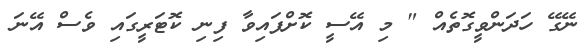
ނޭގޭ ހަދަންވީގޮތެއް " މި އޭސީ ކޮށްފައިވާ ފިނި ކޮޓަރީގައި ވެސް އޭނަ